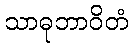
သာဓုဘာဝိတံ